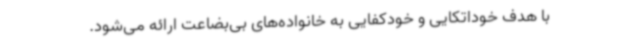
با هدف خوداتکایی و خودکفایی به خانواده‌های بی‌بضاعت ارائه می‌شود.